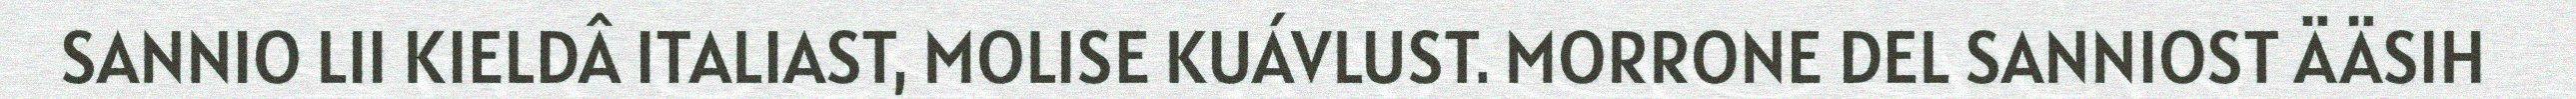
SANNIO LII KIELDÂ ITALIAST, MOLISE KUÁVLUST. MORRONE DEL SANNIOST ÄÄSIH